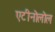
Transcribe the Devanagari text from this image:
एटीनोलोल